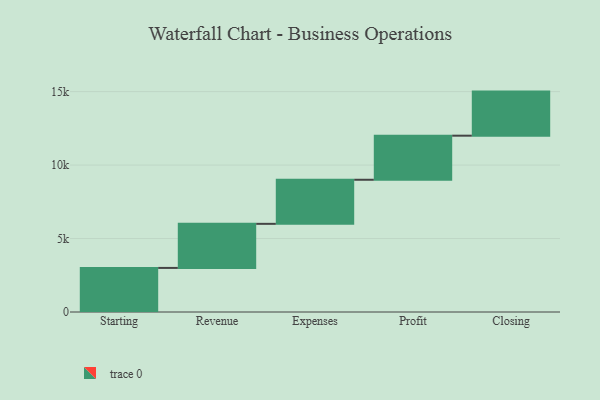
{"axis": {"x": "Step", "y": "Value"}, "legend": [""], "data": [{"x": "Starting", "y": 3000, "type": ""}, {"x": "Revenue", "y": 3000, "type": ""}, {"x": "Expenses", "y": 3000, "type": ""}, {"x": "Profit", "y": 3000, "type": ""}, {"x": "Closing", "y": 3000, "type": ""}]}